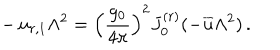
LaTeX: - \, u _ { r , 1 } \Lambda ^ { 2 } = \left( \frac { g _ { 0 } } { 4 \pi } \right) ^ { 2 } J _ { 0 } ^ { ( r ) } ( - { \overline { { { u } } } } \Lambda ^ { 2 } ) \, .